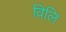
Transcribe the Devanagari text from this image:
विलि